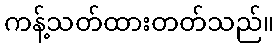
ကန့်သတ်ထားတတ်သည်။